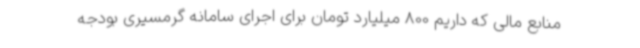
منابع مالی که داریم 800 میلیارد تومان برای اجرای سامانه گرمسیری بودجه